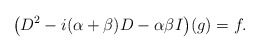
\begin{align*}\big(D^2-i(\alpha+\beta)D-\alpha\beta I\big)(g)=f.\end{align*}